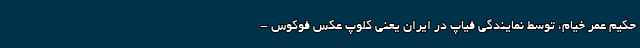
حکیم عمر خیام، توسط نمایندگی فیاپ در ایران یعنی کلوپ عکس فوکوس -